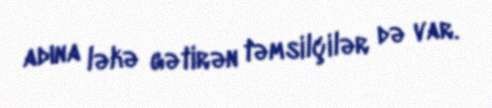
adına ləkə gətirən təmsilçilər də var.